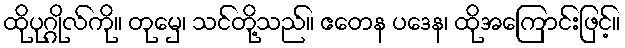
ထိုပုဂ္ဂိုလ်ကို။ တုမှေ၊ သင်တို့သည်။ ဧတေန ပဒေန၊ ထိုအကြောင်းဖြင့်။